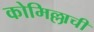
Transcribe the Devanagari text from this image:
कोमिल्लाची